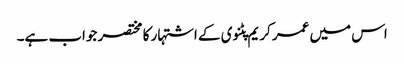
اس میں عمر کریم پٹنوی کے اشتہار کا مختصر جواب ہے۔